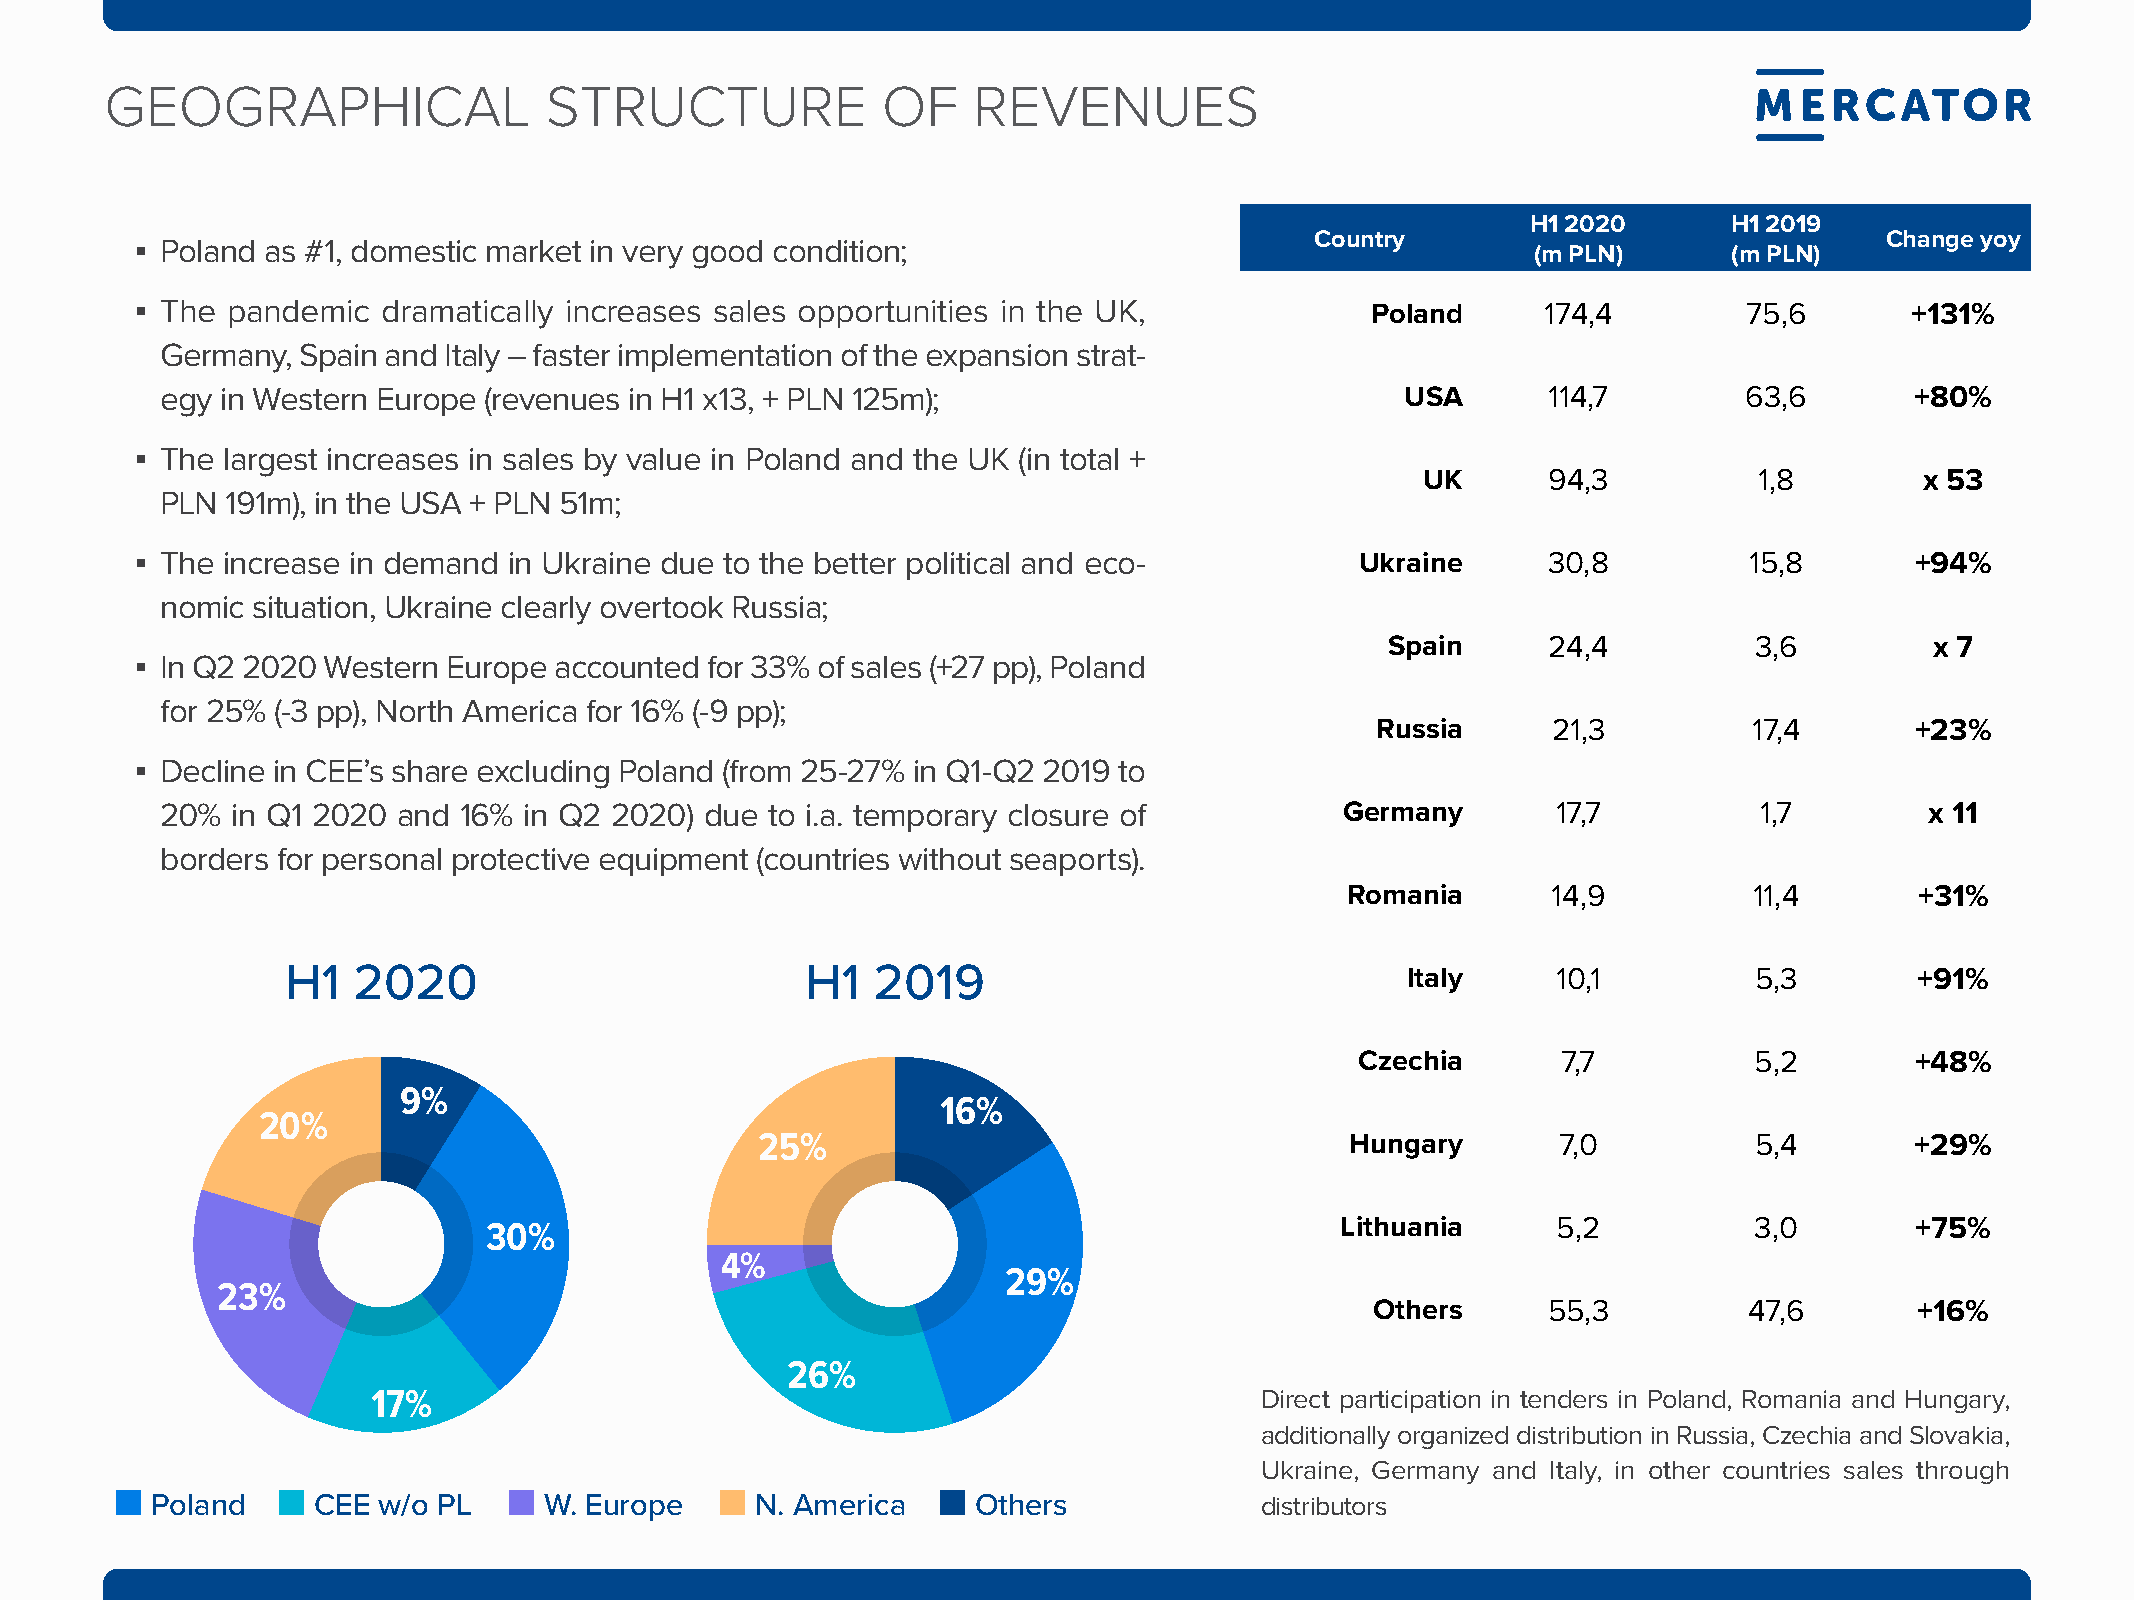
GEOGraPHICal                 struCturE             Of    rEVENuEs
 H1 2020       H1 2019
 Country                               Change yoy
 ▪ Poland as #1, domestic market in very good condition;
 (m PLN)      (m PLN)
 ▪ The pandemic  dramatically increases sales opportunities in the UK,             Poland     174,4         75,6       +131%
 Germany, Spain and Italy – faster implementation of the expansion strat-
 egy in Western Europe (revenues in H1 x13, + PLN 125m);                           USA      114,7         63,6       +80%
 ▪ The largest increases in sales by value in Poland and the UK (in total +
 UK      94,3          1,8        x 53
 PLN 191m), in the USA + PLN 51m;
 ▪ The increase in demand in Ukraine due to the better political and eco-         Ukraine     30,8          15,8       +94%
 nomic situation, Ukraine clearly overtook Russia;
 Spain     24,4          3,6         x 7
 ▪ In Q2 2020 Western Europe accounted for 33% of sales (+27 pp), Poland
 for 25% (-3 pp), North America for 16% (-9 pp);
 Russia      21,3         17,4       +23%
 ▪ Decline in CEE’s share excluding Poland (from 25-27% in Q1-Q2 2019 to
 20% in Q1 2020 and 16%  in Q2 2020) due to i.a. temporary closure of          germany       17,7          1,7        x 11
 borders for personal protective equipment (countries without seaports).
 Romania       14,9         11,4       +31%
 H1  2020                          H1   2019                               Italy     10,1         5,3        +91%
 Czechia      7,7          5,2        +48%
 9%
 16%
 20%
 25%                                    Hungary       7,0          5,4        +29%
 Lithuania     5,2          3,0        +75%
 30%
 4%
 29%
 23%
 Others     55,3          47,6       +16%
 26%
 17%                                                       Direct participation in tenders in Poland, Romania and Hungary,
 additionally organized distribution in Russia, Czechia and Slovakia,
 Ukraine, Germany and Italy, in other countries sales through
 Poland     Cee w/o Pl     W. europe     n. america     others            distributors